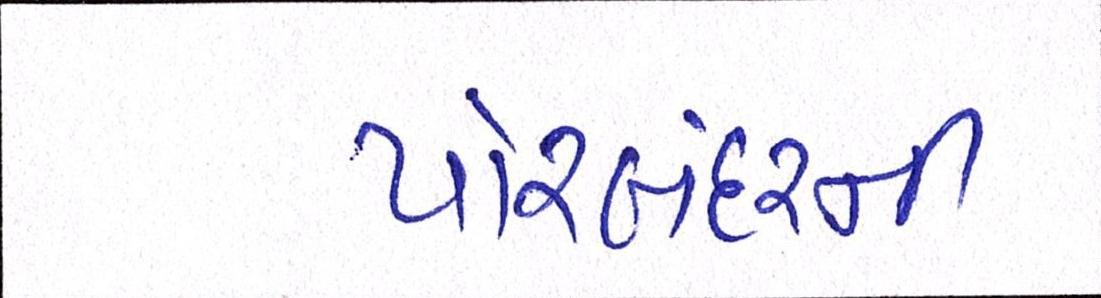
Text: પોરબંદરની